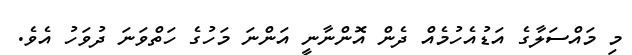
މި މައްސަލާގެ އަޑުއެހުމެއް ދެން އޮންނާނީ އަންނަ މަހުގެ ހަތްވަނަ ދުވަހު އެވެ.